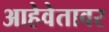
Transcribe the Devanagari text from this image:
आहेवेतावर